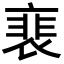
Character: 裵